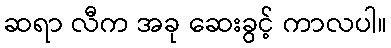
ဆရာ လီက အခု ဆေးခွင့် ကာလပါ။